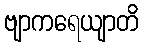
ဗျာကရေယျာတိ